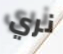
نري